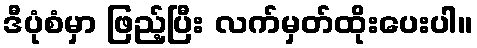
ဒီပုံစံမှာ ဖြည့်ပြီး လက်မှတ်ထိုးပေးပါ။